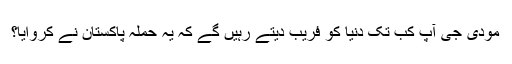
مودی جی آپ کب تک دنیا کو فریب دیتے رہیں گے کہ یہ حملہ پاکستان نے کروایا؟